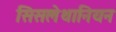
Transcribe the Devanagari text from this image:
सिसलेथानियन